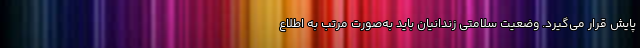
پایش قرار می‌گیرد. وضعیت سلامتی زندانیان باید به‌صورت مرتب به اطلاع